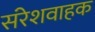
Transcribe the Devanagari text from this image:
संरेशवाहक